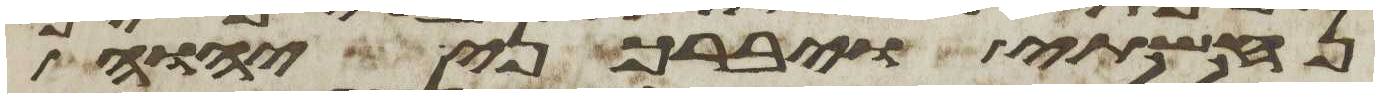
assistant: נחשתי ויברכני יהוה